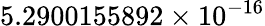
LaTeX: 5.2900155892\times 10^{-16}